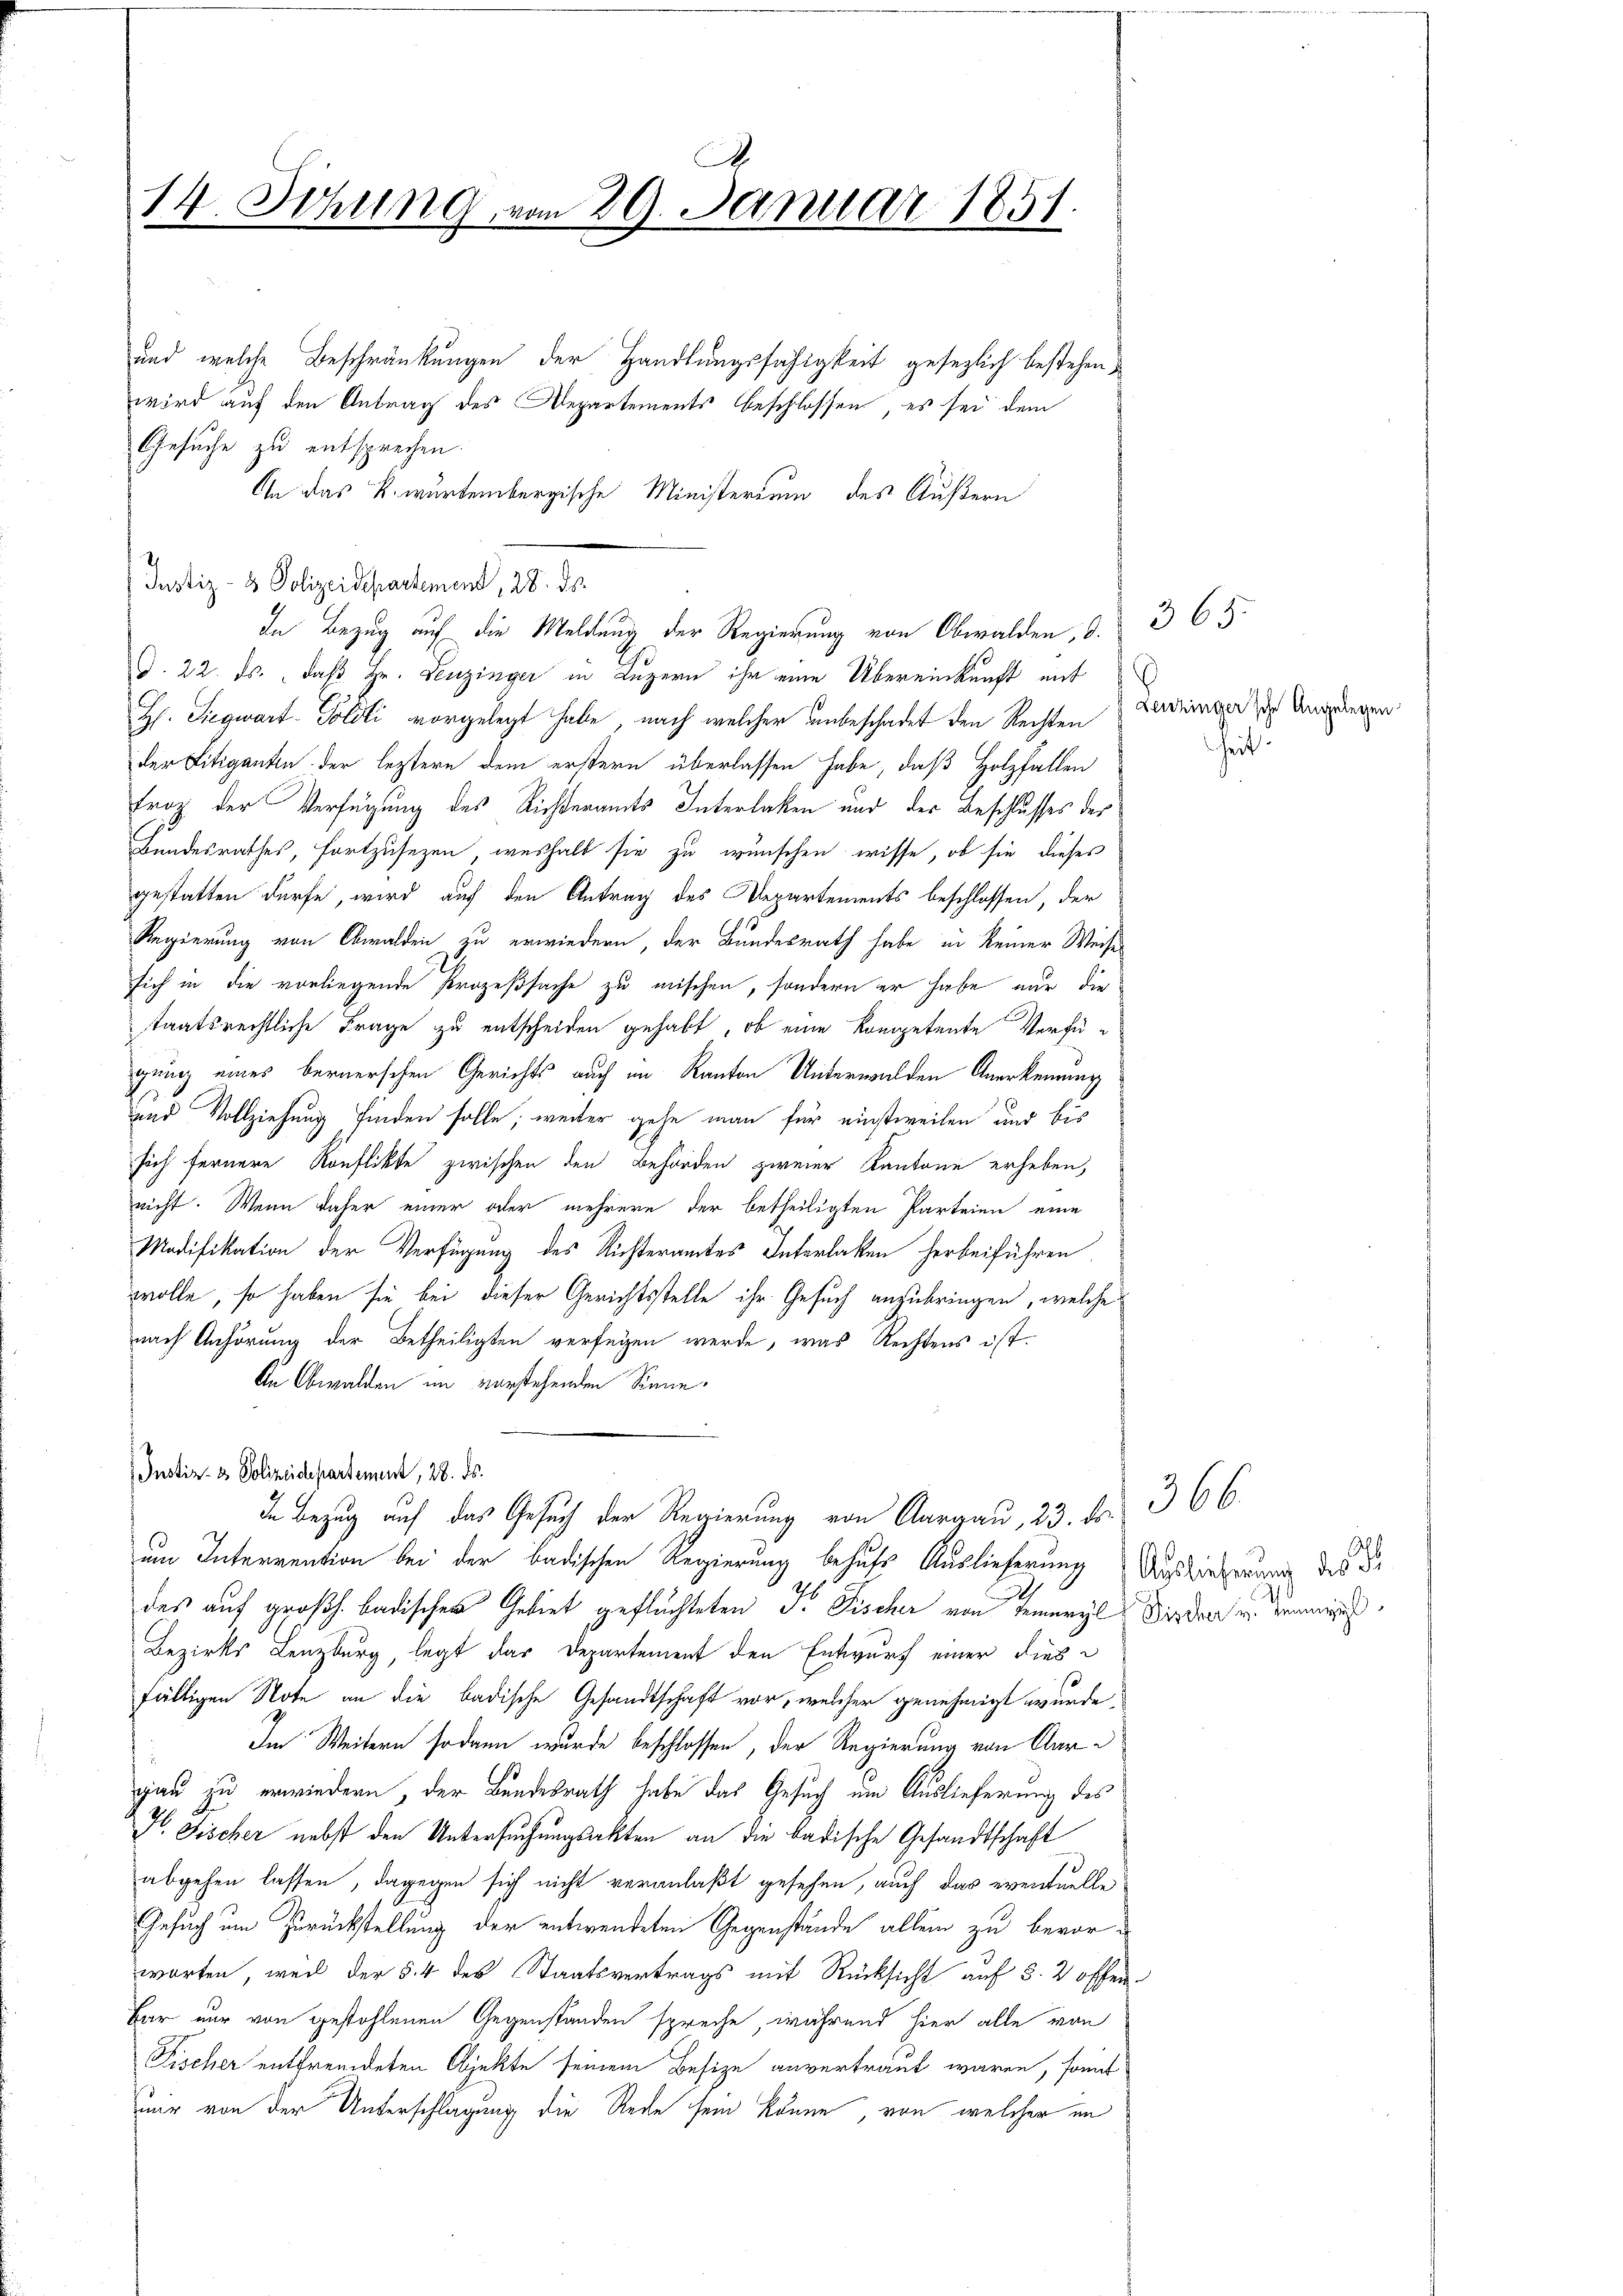
x
14 Sitzung, vom 29. Januar 1851.
.
.

und welche Beschränkungen der Handlungsfähigkeit gesezlich bestehen,
wird auf den Antrag des Departements beschlossen, es sei dem
Gesuche zu entsprechen.
An das k. wurdenbergische Ministerium des Äußern
Justiz- & Polizeidepartemend, 28. ds.
G. 22. ds., daß Hr. Leuzinger in Luzern ihr eine Übereinkunft mit
H. Siegwart-Soldli vorgelegt habe, nach welcher unbeschadet den Rechten
der Litiganten der leztere dem erstern überlassen habe, daß Holzfallen
Froz der Verfügung des Richteramts Interlaken und der Beschlusses der
Bundesrathes, fortzusezen, weshalb sie zu wünschen wisse, ob sie dieses
gestatten dürfe, wird auf den Antrag des Departements beschlossen, der
Regierung von Obwalden zu erwiedern, der Bundesrath habe in keiner Weise
sich in die vorliegende Prozeßsache zu mischen, sondern er habe nur die
taatsrechtliche Frage zu entscheiden gehabt, ob eine kompetente Verfüwung eines bernerschen Gerichts auch im Kanton Unterwalden Anerkennung
s
und Vollziehung finden solle; weiter gehe man für einstweilen und bis
sich fernere Konflikte zwischen den Behörden zweier Kantone erheben,
nicht. Wenn daher einer oder mehrere der betheiligten Parteien eine
Modifikation der Verfügung des Richteramtes Interlaßen herbeiführen
wolle, so haben sie bei dieser Gerichtsstelle ihr Gesuch anzubringen, welche
nach Anhörung der Betheiligten verfügen werde, was Rechtens ist.
An Obwalden im vorstehenden kann.
Justiz- & Polizeidepartement, 28. ds.
In Bezug auf das Gesuch der Regierung von Aargau, 23. ds.
um Interrention bei der badischen Regierung behufs Auslieferung Auslieferung des Be
.
des auf großh. badischen Gebiet geflüchteten F. Fischer von seineyl Bieder u. weniges
Bezirks Lenzburg, legt das Departement den Entwurf einer dies
fälligen Note an die badische Gesandtschaft vor, welcher genehmigt wurde,
Im Weitern sodann wurde beschlossen, der Regierung von Aare
gau zu erwiedern, der Bundesrath habe das Gesuch um Auslieferung des
F. Fischer nebst den Untersuchungsakten an die badische Gesandtschaft
abgehen lassen, dagegen sich nicht veranlaßt gesehen, auch das eventuelle
Gesuch um Zurückstellung der entwendeten Gegenstände allein zu bevorworten, weil der § 4 des Staatsvertrags mit Rücksicht auf §. 2 offen¬
Bar nur von gestohlenen Gegenständen spreche, während hier alle von
Fischer entfremdeten Objekte seinem Besize anvertraut waren, somit
mir von der Unterschlagung die Rede sein könne, von welcher im

In Bezug auf die Meldung der Regierung von Obwalden, d. 365

Leuzinger'sche Angelegen.

heit

366